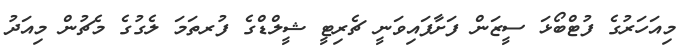
މިއަހަރުގެ ފުޓްބޯޅަ ސީޒަން ފަށާފައިވަނީ ޗެރިޓީ ޝީލްޑްގެ ފުރތަމަ ލެގުގެ މެޗުން މިއަދު